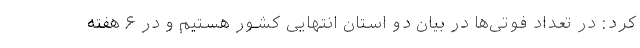
کرد: در تعداد فوتی‌ها در بیان دو استان انتهایی کشور هستیم و در ۶ هفته